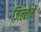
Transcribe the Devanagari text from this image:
जिल्लेमें